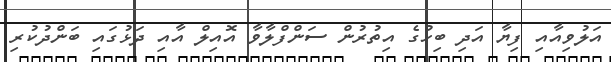
އަލުވިއާއި ފިޔާ އަދި ބިހުގެ އިތުރުން ސަންފްލާވާ އޮއިލް އާއި ދަޅުގައި ބަންދުކުރި